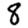
Digit: 8